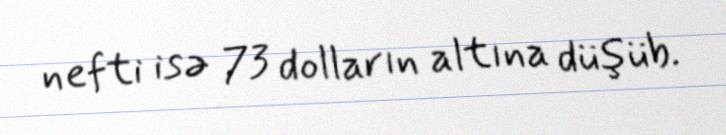
nefti isə 73 dolların altına düşüb.